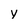
Character: Y